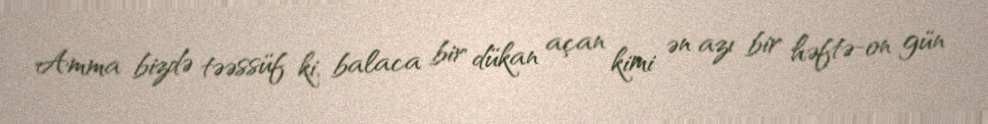
Amma bizdə təəssüf ki, balaca bir dükan açan kimi ən azı bir həftə-on gün